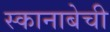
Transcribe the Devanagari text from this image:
स्कानाबेची